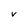
Character: v